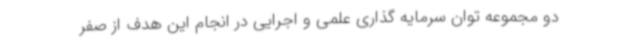
دو مجموعه توان سرمایه گذاری علمی و اجرایی در انجام این هدف از صفر